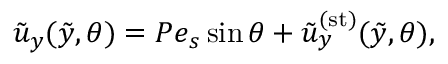
\tilde { u } _ { y } ( \tilde { y } , \theta ) = { P e } _ { s } \sin { \theta } + \tilde { u } _ { y } ^ { ( \mathrm { s t } ) } ( \tilde { y } , \theta ) ,